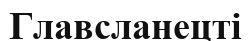
Главсланецті